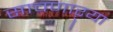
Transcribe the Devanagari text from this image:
साचणाऱ्या